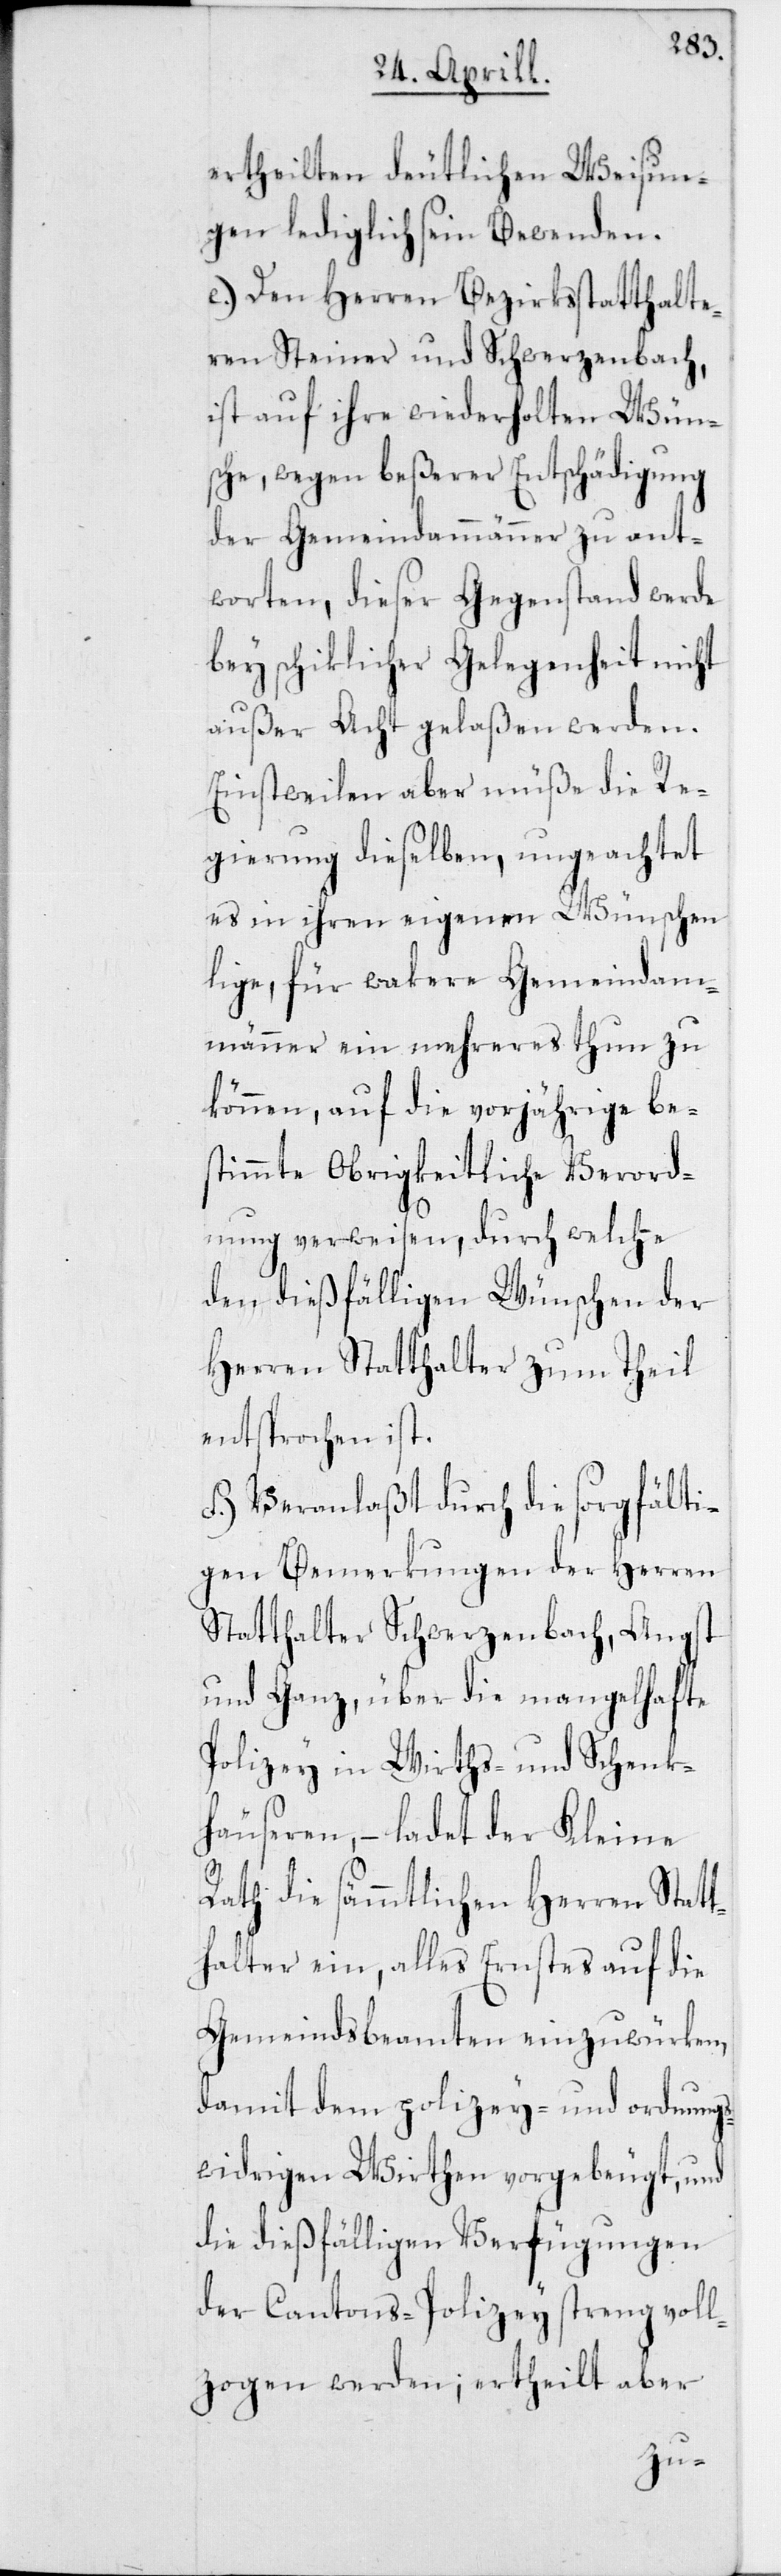
ertheilten deutlichen Weisun¬
gen lediglich sein Bewenden.
e) Den Herren Bezirksstatthalte¬
ren Steiner und Schwerzenbach,
ist auf ihre wiederholten Wün¬
sche wegen beßerer Entschädigung
der Gemeindammänner zu ant¬
worten, dieser Gegenstand werde
bey schiklicher Gelegenheit nicht
außer Acht gelaßen werden.
Einstweilen aber müße die Re¬
gierung dieselben, ungeachtet
es in ihren eigenen Wünschen
lige, für wakere Gemeindam¬
männer ein mehreres thun zu
können, auf die vorjährige be¬
stimmte Obrigkeitliche Verord¬
nung verweisen, durch welche
den dießfälligen Wünschen der
Herren Statthalter zum Theil
entsprochen ist.
f) Veranlaßt durch die sorgfälti¬
gen Bemerkungen der Herren
Statthalter Schwerzenbach, Angst
und Ganz, über die mangelhafte
Polizey in Wirths- und Schenk¬
häuseren, – ladet der Kleine
Rath die sämmtlichen Herren Stat¬
thalter ein, alles Ernstes auf die
Gemeindsbeamten einzuwürken,
damit dem polizey- und ordnungs¬
widrigen Wirthen vorgebeugt, und
die dießfälligen Verfügungen
der Cantons-Polizey streng voll¬
zogen werden; ertheilt aber